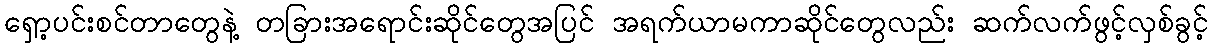
ရှော့ပင်းစင်တာတွေနဲ့ တခြားအရောင်းဆိုင်တွေအပြင် အရက်ယာမကာဆိုင်တွေလည်း ဆက်လက်ဖွင့်လှစ်ခွင့်